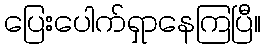
ပြေးပေါက်ရှာနေကြပြီ။